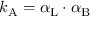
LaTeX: k _ { \mathrm { { A } } } = \alpha _ { \mathrm { { L } } } \cdot \alpha _ { \mathrm { { B } } }